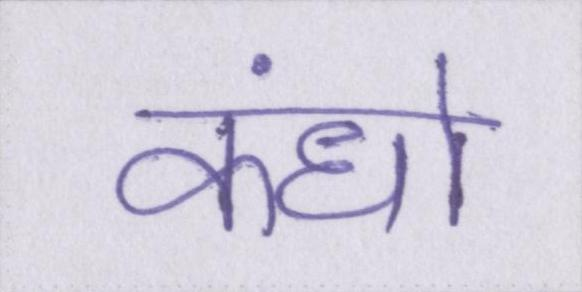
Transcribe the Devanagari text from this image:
कंधो